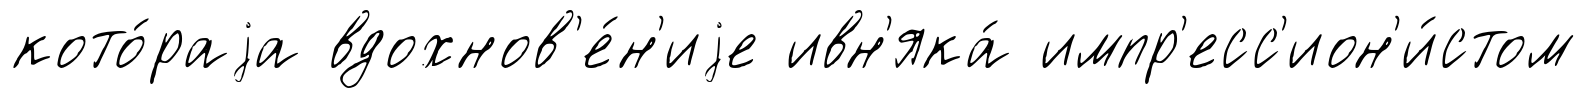
кото́раjа вдохнов'е́н'иjе ивн'яка́ импр'есс'ион'и́стом